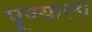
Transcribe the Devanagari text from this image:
पु्ण्याला